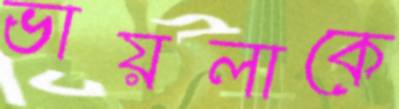
ভায়লাকে